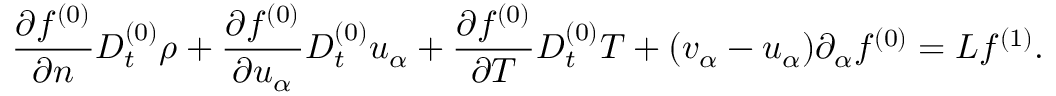
\frac { \partial f ^ { ( 0 ) } } { \partial n } D _ { t } ^ { ( 0 ) } \rho + \frac { \partial f ^ { ( 0 ) } } { \partial u _ { \alpha } } D _ { t } ^ { ( 0 ) } u _ { \alpha } + \frac { \partial f ^ { ( 0 ) } } { \partial T } D _ { t } ^ { ( 0 ) } T + ( v _ { \alpha } - u _ { \alpha } ) \partial _ { \alpha } f ^ { ( 0 ) } = L f ^ { ( 1 ) } .